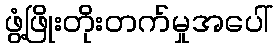
ဖွံ့ဖြိုးတိုးတက်မှုအပေါ်